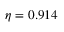
\eta = 0 . 9 1 4